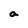
Character: a